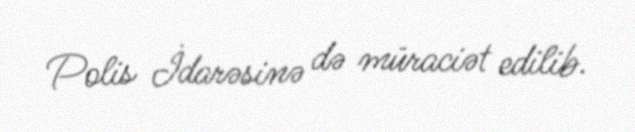
Polis İdarəsinə də müraciət edilib.